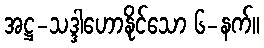
အဋ္ဌ-သဒ္ဒါဟောနိုင်သော ၆-နက်။